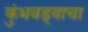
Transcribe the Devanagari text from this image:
कुंभवड्याचा